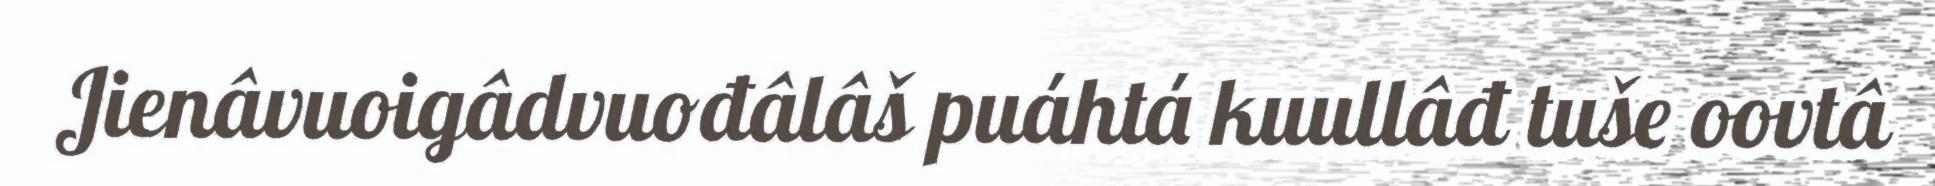
Jienâvuoigâdvuođâlâš puáhtá kuullâđ tuše oovtâ